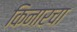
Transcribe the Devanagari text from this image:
किनारचा